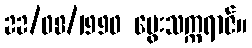
22/08/1990 မွေးသက္ကရာဇ်။